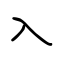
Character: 入